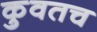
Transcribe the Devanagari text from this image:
कुवतच